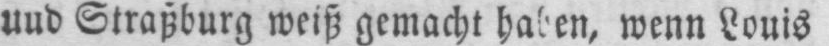
und Straßburg weiß gemacht haben wenn Louis